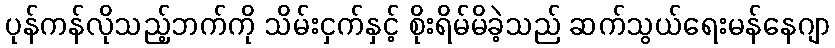
ပုန်ကန်လိုသည့်ဘက်ကို သိမ်းငှက်နှင့် စိုးရိမ်မိခဲ့သည် ဆက်သွယ်ရေးမန်နေဂျာ